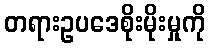
တရားဥပဒေစိုးမိုးမှုကို